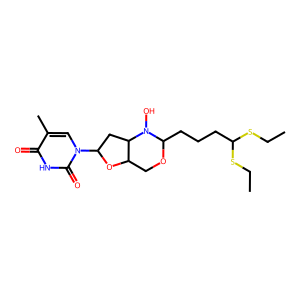
SMILES: CCSC(CCCC1OCC2OC(n3cc(C)c(=O)[nH]c3=O)CC2N1O)SCC
Inhibits HIV replication: No